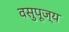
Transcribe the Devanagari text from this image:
वसुपूज्य